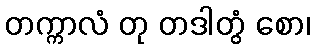
တက္ကာလံ တု တဒါတွံ စော၊